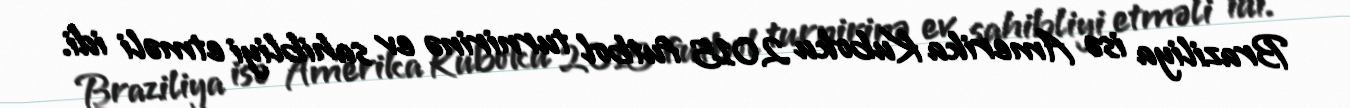
Braziliya isə Amerika Kuboku 2015 futbol turnirinə ev sahibliyi etməli idi.